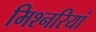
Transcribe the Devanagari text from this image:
मिश्नरियां